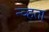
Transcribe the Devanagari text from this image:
न्व्हता